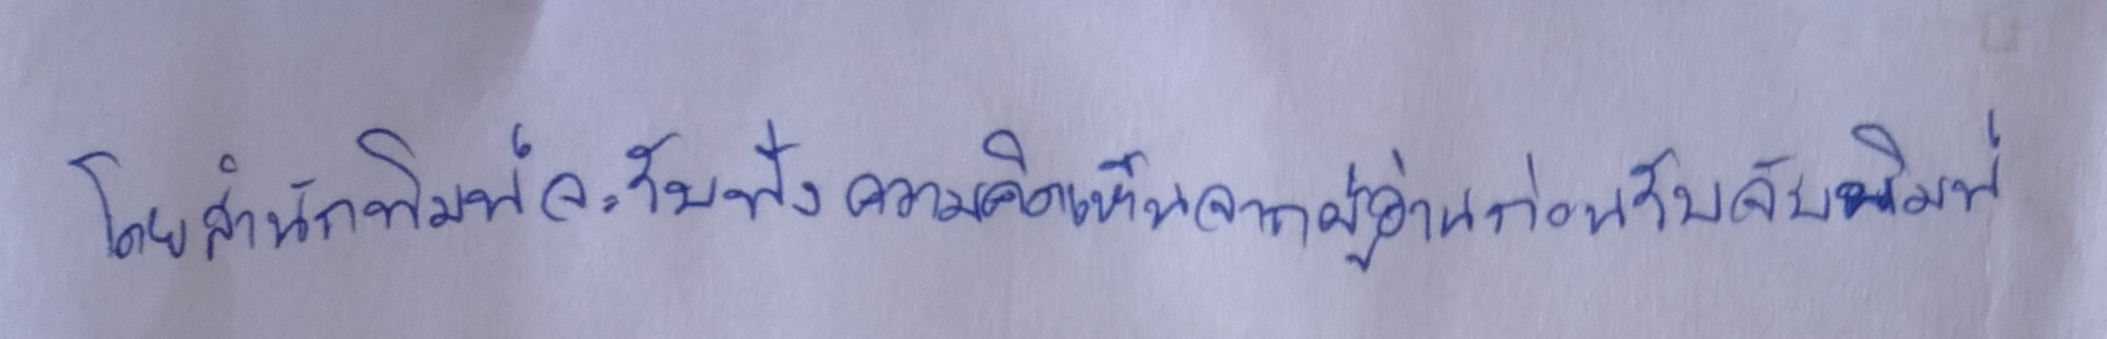
โดยสำนักพิมพ์จะรับฟังความคิดเห็นจากผู้อ่านก่อนรับจัดพิมพ์